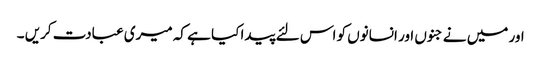
اور میں نے جنوں اور انسانوں کو اس لئے پیدا کیا ہے کہ میری عبادت کریں ۔